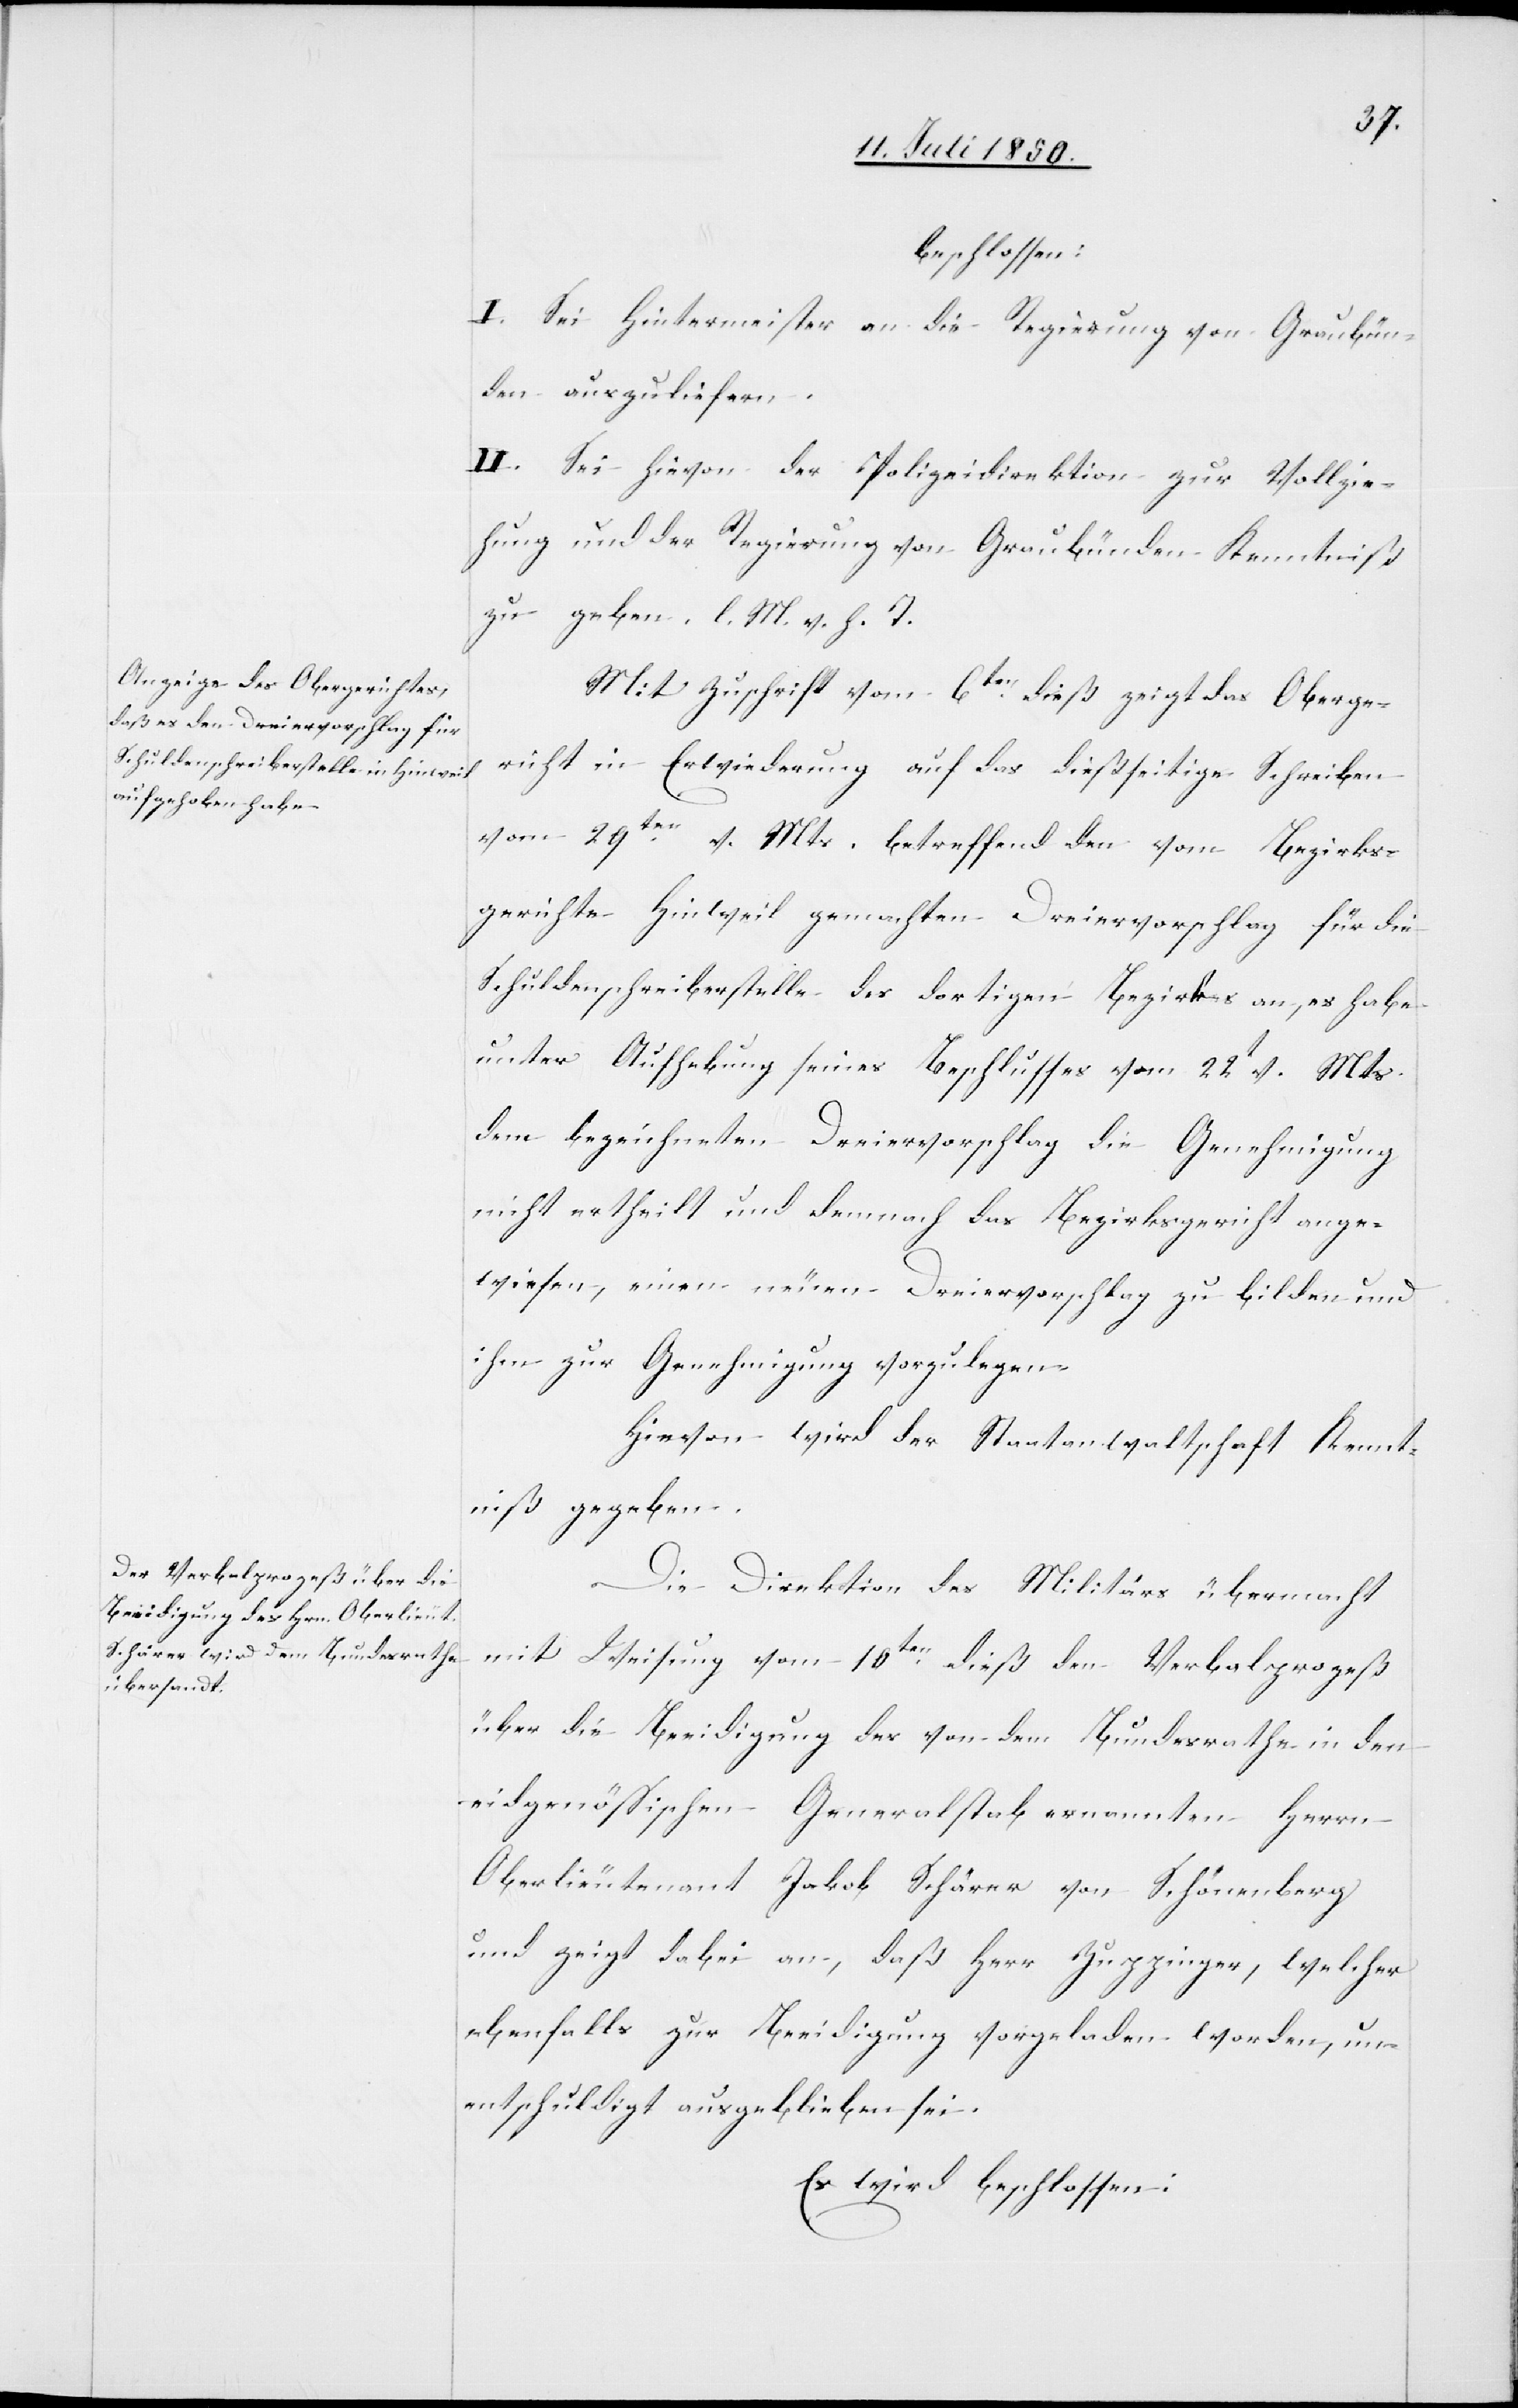
beschlossen:
I. Sei Hintermeister an die Regierung von Graubün¬
den auszuliefern.
II. Sei hievon der Polizeidirektion zur Vollzie¬
hung und der Regierung von Graubünden Kenntniß
zu geben. l. M. v. h. T
Mit Zuschrift vom 6ten dieß zeigt das Oberge¬
richt in Erwiederung auf das dießseitige Schreiben
vom 29ten v. Mts. betreffend den vom Bezirks¬
gerichte Hinweil gemachten Dreiervorschlag für die
Schuldenschreiberstelle des dortigen Bezirkes an, es habe
unter Aufhebung seines Beschlusses vom 22t v. Mts.
dem bezeichneten Dreiervorschlag die Genehmigung
nicht ertheilt und demnach das Bezirksgericht ange¬
wiesen, einen neuen Dreiervorschlag zu bilden und
ihm zur Genehmigung vorzulegen.
Hievon wird der Staatanwaltschaft Kennt¬
niß gegeben.
Die Direktion des Militärs übermacht
mit Weisung vom 10ten dieß den Verbalprozeß
über die Beeidigung des von dem Bundesrathe in den
eidgenössischen Generalstab ernannten Herrn
Oberlieutenant Jakob Schärer von Schönenberg
und zeigt dabei an, daß Herr Zuppinger, welcher
ebenfalls zur Beeidigung vorgeladen worden, un¬
entschuldigt ausgeblieben sei.
Es wird beschlossen: